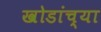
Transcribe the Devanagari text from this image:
खोडांच्या